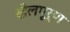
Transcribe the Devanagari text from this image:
खेलपूर्ण